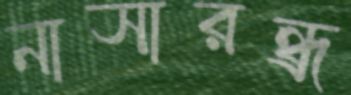
নাসারন্ধ্র